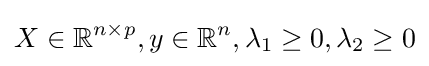
X\in {\mathbb {R} }^{n\times p},y\in {\mathbb {R} }^{n},\lambda _{1}\geq 0,\lambda _{2}\geq 0